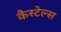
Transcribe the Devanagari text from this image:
कैस्टेल्स